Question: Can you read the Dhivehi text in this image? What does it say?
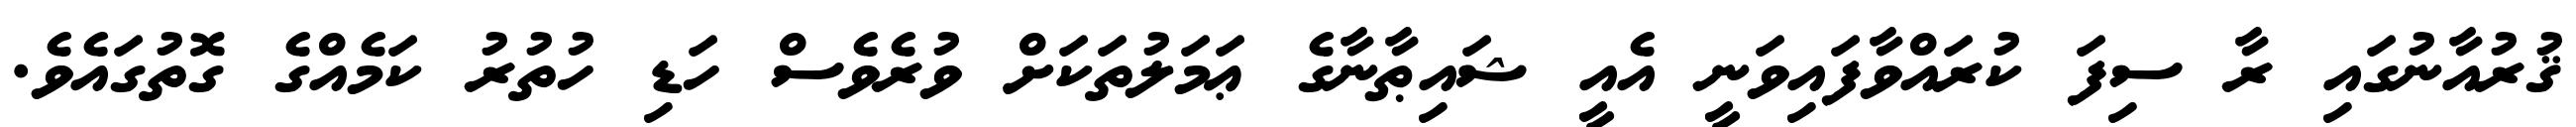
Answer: ޤުރުއާނުގައި ރާ ސިފަ ކުރައްވާފައިވަނީ އެއީ ޝައިޠާނާގެ ޢަމަލުތަކަށް ވުރެވެސް ހަޑި ހުތުރު ކަމެއްގެ ގޮތުގައެވެ.